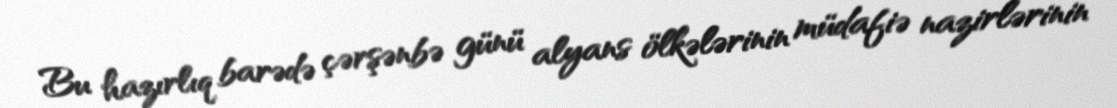
Bu hazırlıq barədə çərşənbə günü alyans ölkələrinin müdafiə nazirlərinin